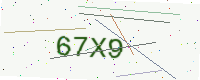
Text: 67X9